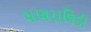
પાયરાલિડી